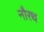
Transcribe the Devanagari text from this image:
नौरथ